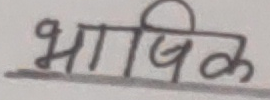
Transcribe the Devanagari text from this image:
भाषिक